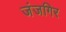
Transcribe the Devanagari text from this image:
जंजगिर